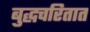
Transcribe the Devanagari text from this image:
बुद्धचरितात